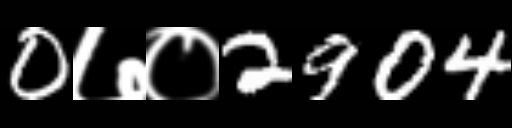
Text: 0७०2904